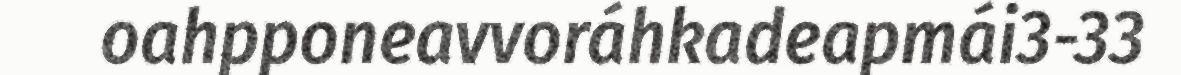
oahpponeavvoráhkadeapmái3-33